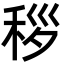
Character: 𬓩